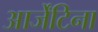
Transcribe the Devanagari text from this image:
आर्जेंटिना